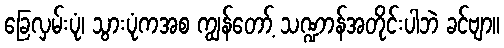
ခြေလှမ်းပုံ၊ သွားပုံကအစ ကျွန်တော့် သဏ္ဍာန်အတိုင်းပါဘဲ ခင်ဗျာ။